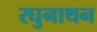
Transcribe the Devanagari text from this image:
रघुनाथन